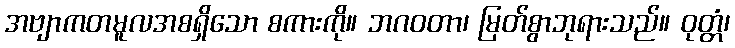
အဗျာကတမူလအစရှိသော စကားကို။ ဘဂဝတာ၊ မြတ်စွာဘုရားသည်။ ဝုတ္တံ၊